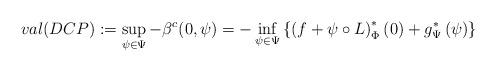
LaTeX: \begin{align*}val (DCP) :=\sup_{\psi\in\Psi} - \beta^c (0,\psi) &=-\inf_{\psi\in\Psi}\left\{ \left(f+\psi\circ L\right)^{*}_\Phi \left(0\right)+g^{*}_\Psi \left(\psi\right) \right\}\end{align*}